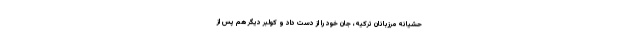
حشيانه مرزبانان تركيه، جان خود را از دست داد و كولبر ديگر هم پس از